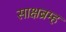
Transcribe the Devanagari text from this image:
साक्षब्रम्ह